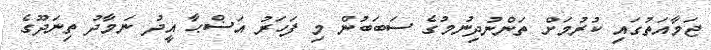
ޖަމާއަތުގައި ކުރުމަށް ތަންނުދިނުމުގެ ސަބަބުން މި ފަހަރު އަޟްޙާ އީދު ނަމާދު ތިނަދޫގެ